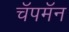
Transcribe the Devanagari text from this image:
चॅपमॅन